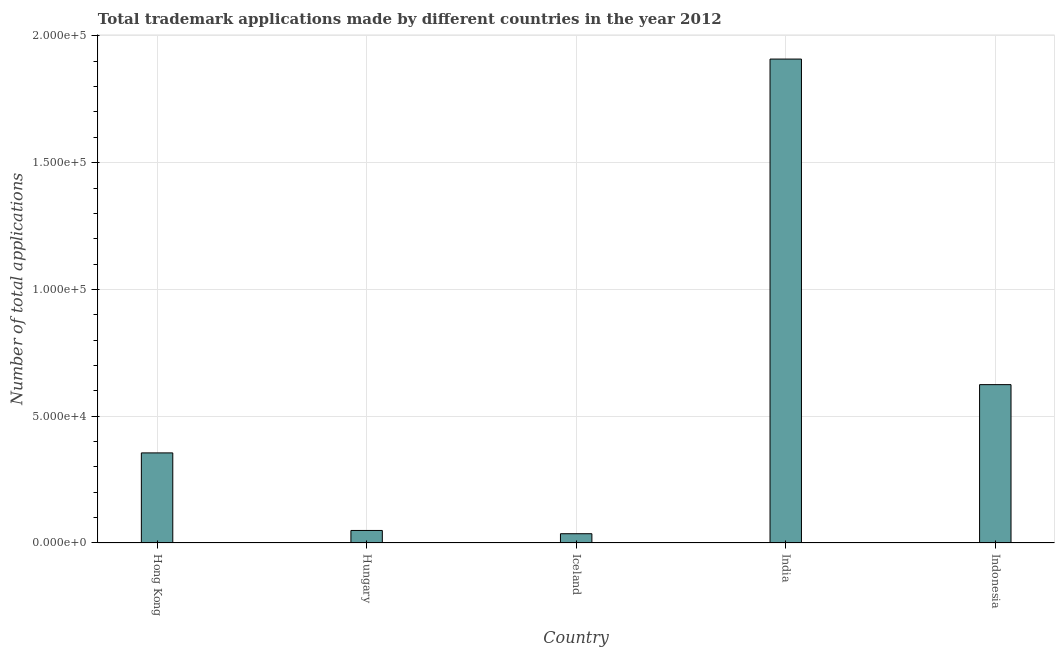
| Country | Trademark applications |
 | --- | --- |
 | Hong Kong | 3.55e+04 |
 | Hungary | 4.94e+03 |
 | Iceland | 3.66e+03 |
 | India | 1.91e+05 |
 | Indonesia | 6.25e+04 |